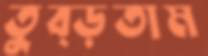
তুব্‌ড়তাম